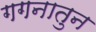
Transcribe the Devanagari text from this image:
गगनातुन